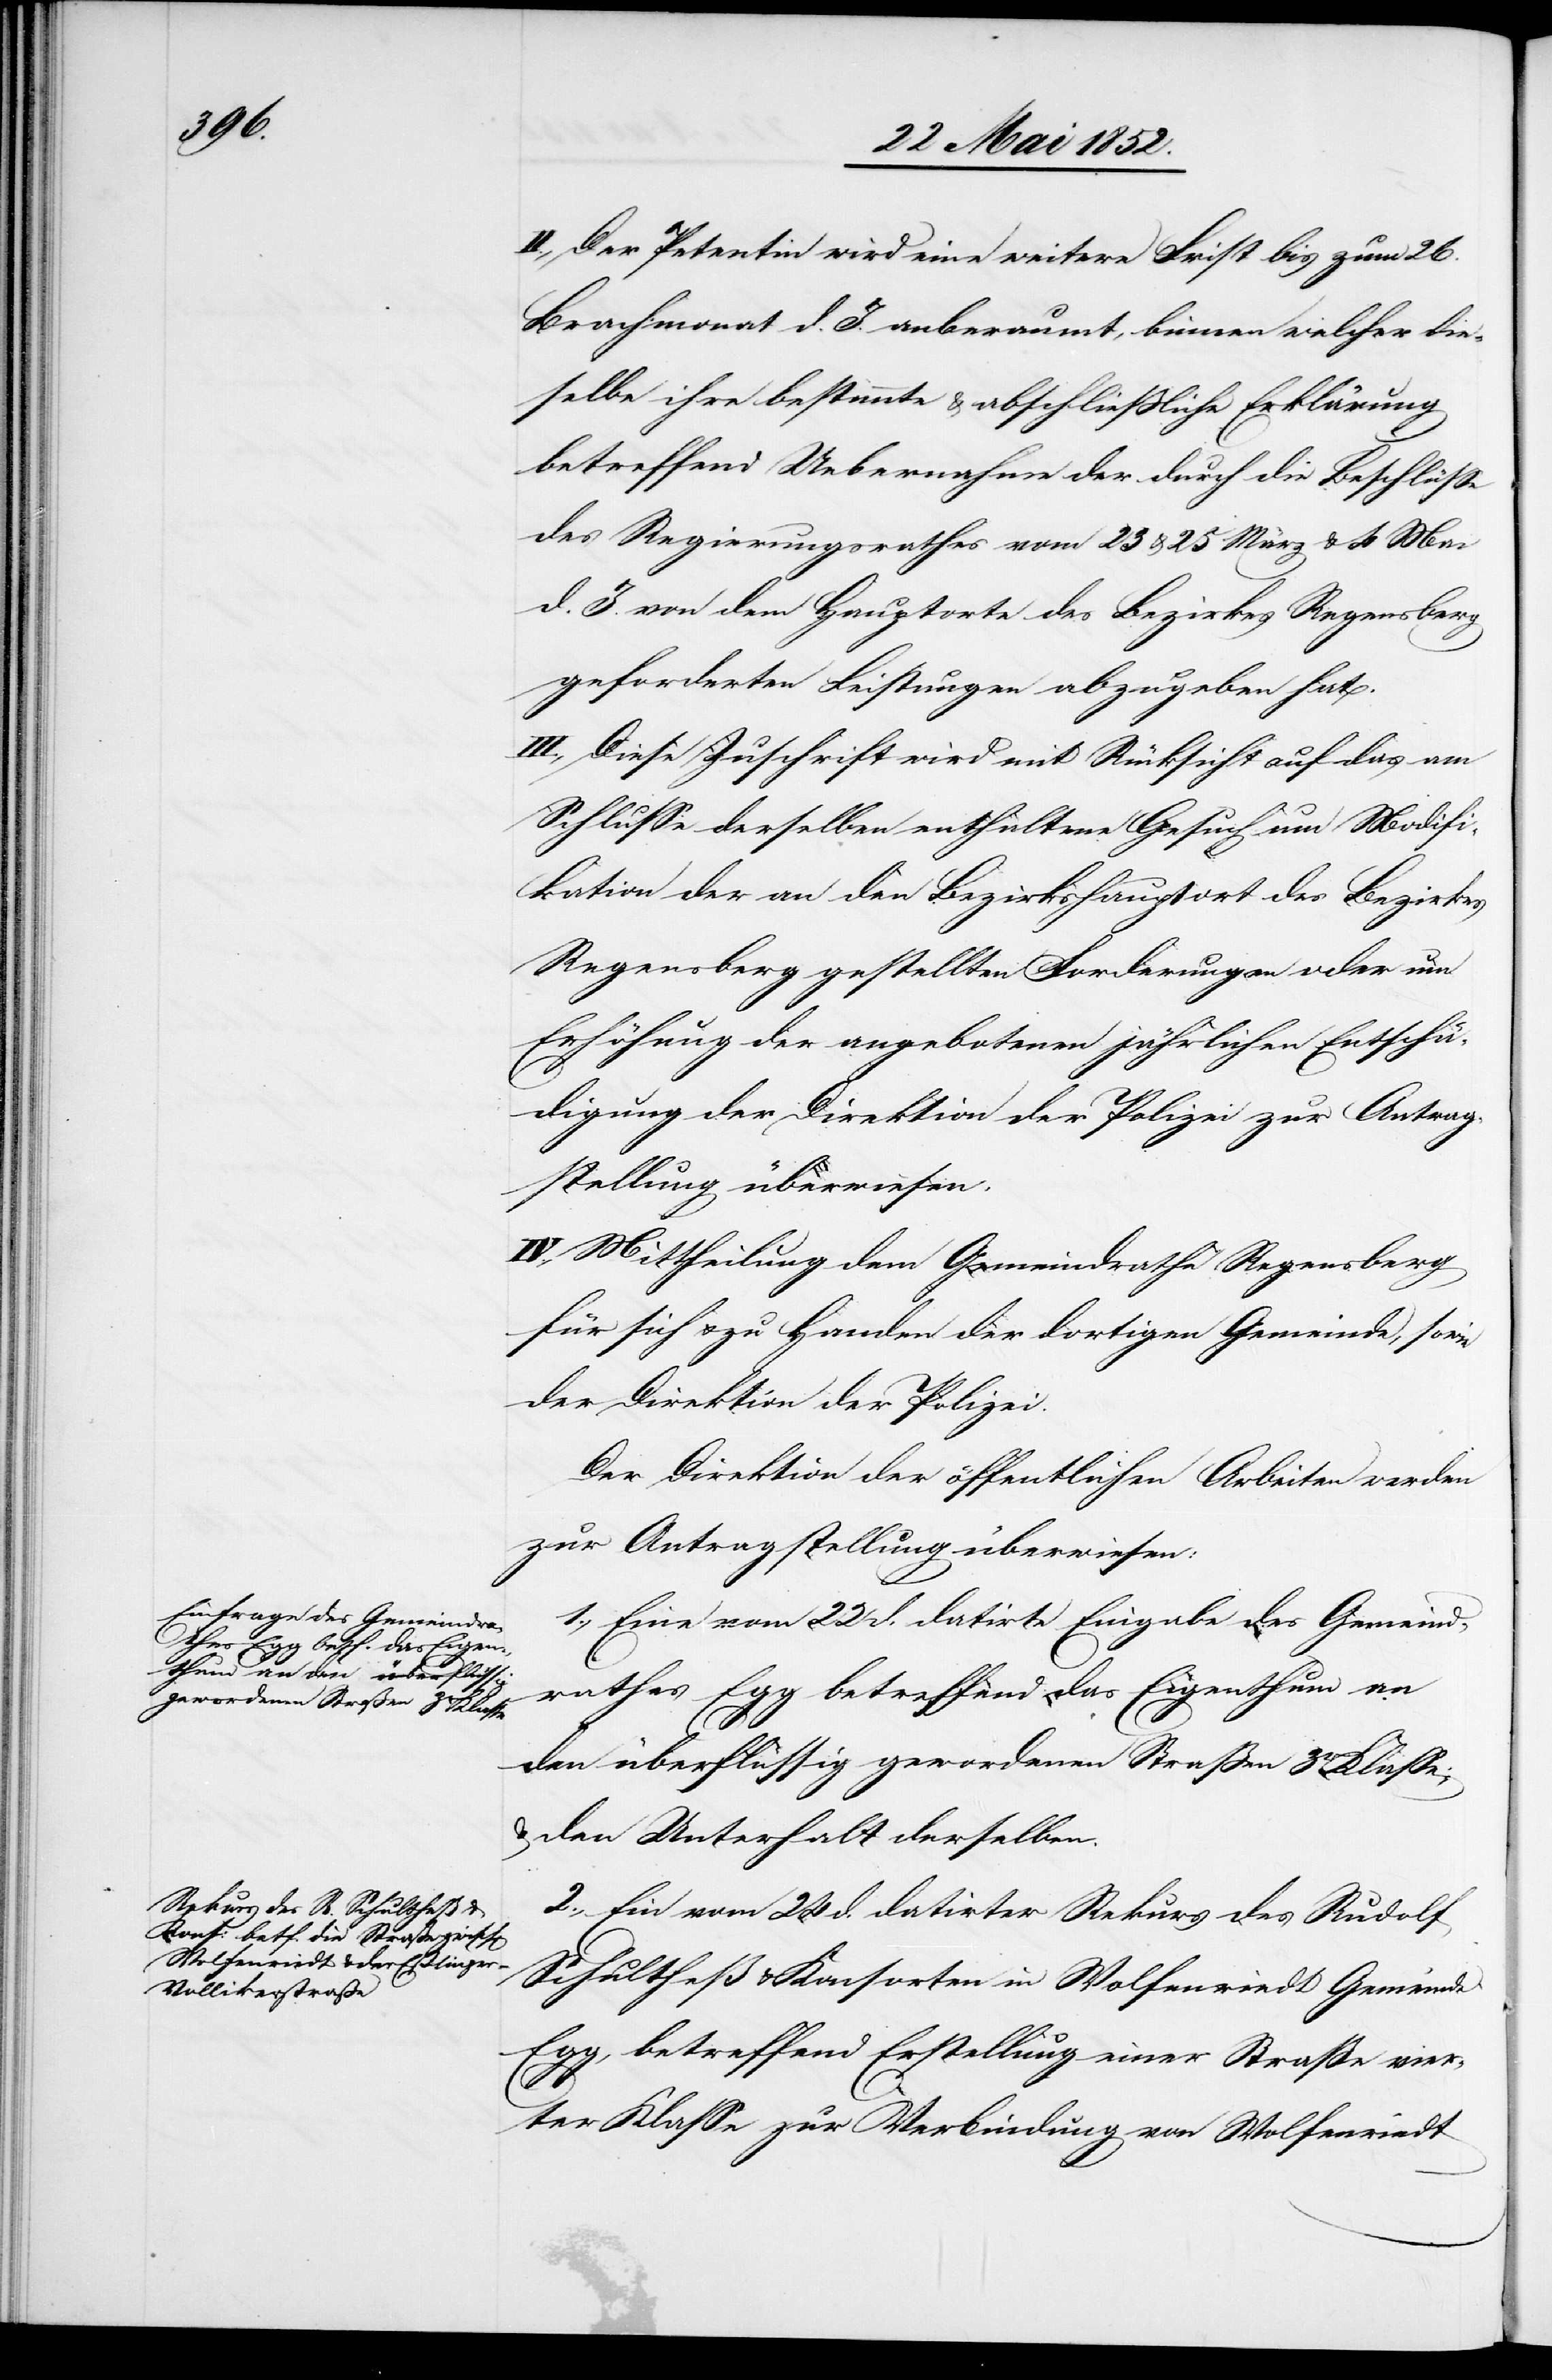
27 Mai 1852.]
II., Der Petentin wird eine weitere Frist bis zum 26.
Brachmonat d. J. anberaumt, binnen welcher die¬
selbe ihre bestimmte & abschliessliche Erklärung
betreffend Uebernahme der durch die Beschlüsse
des Regierungsrathes vom 23 & 25 März & 4 Mai
d. J. von dem Hauptorte des Bezirkes Regensberg
geforderten Leistungen abzugeben hat.
III., Diese Zuschrift wird mit Rücksicht auf das am
Schlusse derselben enthaltene Gesuch um Modifi¬
kation der an den Bezirkshauptort des Bezirkes
Regensberg gestellten Forderungen oder um
Erhöhung der angebotenen jährlichen Entschä¬
digung der Direktion der Polizei zur Antrag¬
stellung überwiesen.
IV., Mittheilung dem Gemeindrathe Regensberg
für sich & zu Handen der dortigen Gemeinde, sowie
der Direktion der Polizei.
Der Direktion der öffentlichen Arbeiten werden
zur Antragstellung überwiesen:
1., Eine vom 22 d. datirte Eingabe des Gemeind¬
rathes Egg betreffend das Eigenthum an
den überflüssig gewordenen Straßen 3r. Klasse;
& den Unterhalt derselben.
2., Ein vom 24 d. datirter Rekurs des Rudolf
Schultheß & Konsorten in Wolfenriedt Gemeinde
Egg, betreffend Erstellung einer Straße vier¬
ter Klasse zur Verbindung von Wolfenriedt